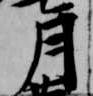
月